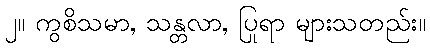
၂။ ကွစိသမာ, သန္တလာ, ပြုရာ များသတည်း။